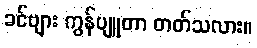
ခင်ဗျား ကွန်ပျူတာ တတ်သလား။